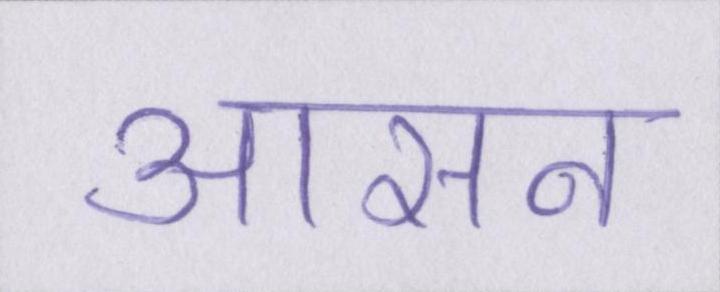
आसन